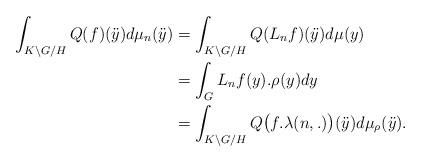
LaTeX: \begin{align*}\int_{K\backslash G/H} Q(f)(\ddot{y}) d\mu_{n}(\ddot{y})&=\int_{K \backslash G / H} Q(L_nf)(\ddot{y})d \mu (y)\\&=\int_{G} L_n f(y).\rho(y)dy\\&=\int_{K \backslash G / H} Q\big(f. \lambda (n,.)\big) (\ddot{y})d \mu_\rho(\ddot{y}).\end{align*}